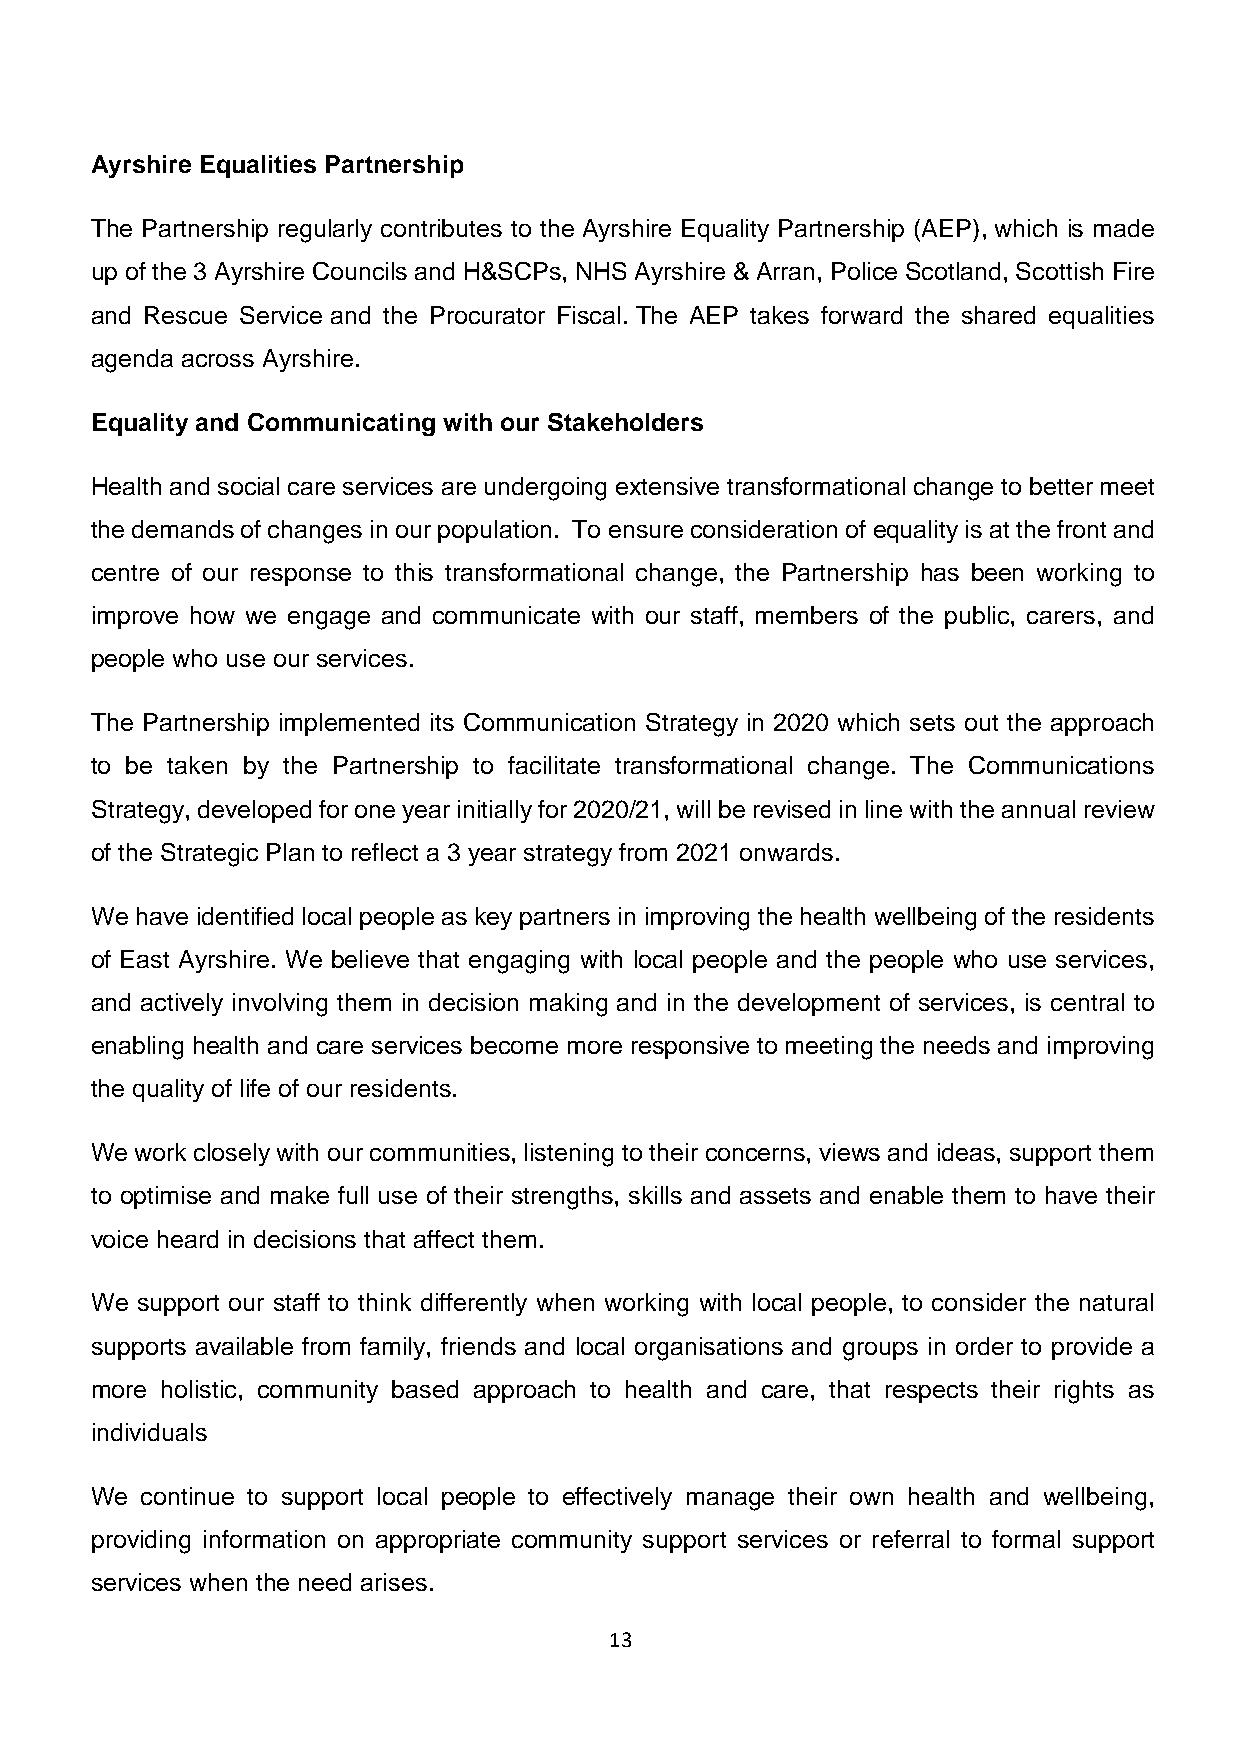
Ayrshire Equalities Partnership
 The Partnership regularly contributes to the Ayrshire Equality Partnership (AEP), which is made
 up of the 3 Ayrshire Councils and H&SCPs, NHS Ayrshire & Arran, Police Scotland, Scottish Fire
 and Rescue Service and the Procurator Fiscal. The AEP takes forward the shared equalities
 agenda across Ayrshire.
 Equality and Communicating with our Stakeholders
 Health and social care services are undergoing extensive transformational change to better meet
 the demands of changes in our population. To ensure consideration of equality is at the front and
 centre of our response to this transformational change, the Partnership has been working to
 improve how we engage and communicate with our staff, members of the public, carers, and
 people who use our services.
 The Partnership implemented its Communication Strategy in 2020 which sets out the approach
 to be taken by the Partnership to facilitate transformational change. The Communications
 Strategy, developed for one year initially for 2020/21, will be revised in line with the annual review
 of the Strategic Plan to reflect a 3 year strategy from 2021 onwards.
 We have identified local people as key partners in improving the health wellbeing of the residents
 of East Ayrshire. We believe that engaging with local people and the people who use services,
 and actively involving them in decision making and in the development of services, is central to
 enabling health and care services become more responsive to meeting the needs and improving
 the quality of life of our residents.
 We work closely with our communities, listening to their concerns, views and ideas, support them
 to optimise and make full use of their strengths, skills and assets and enable them to have their
 voice heard in decisions that affect them.
 We support our staff to think differently when working with local people, to consider the natural
 supports available from family, friends and local organisations and groups in order to provide a
 more holistic, community based approach to health and care, that respects their rights as
 individuals
 We continue to support local people to effectively manage their own health and wellbeing,
 providing information on appropriate community support services or referral to formal support
 services when the need arises.
 13